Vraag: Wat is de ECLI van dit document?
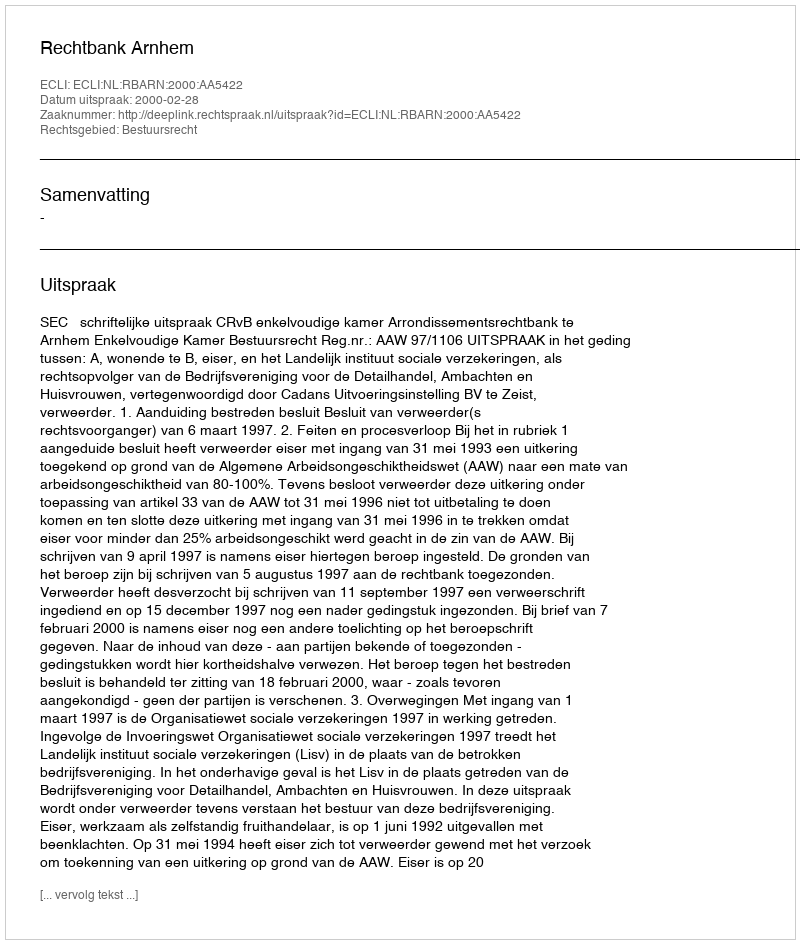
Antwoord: ECLI:NL:RBARN:2000:AA5422